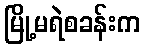
မြို့မရဲစခန်းက